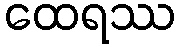
ထေရဿ